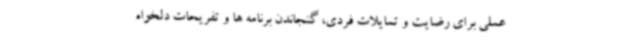
عملی برای رضایت و تمایلات فردی، گنجاندن برنامه ها و تفریحات دلخواه